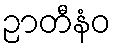
ဉာတီနံဝ